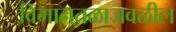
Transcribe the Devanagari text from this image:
विमानतळाजवळील